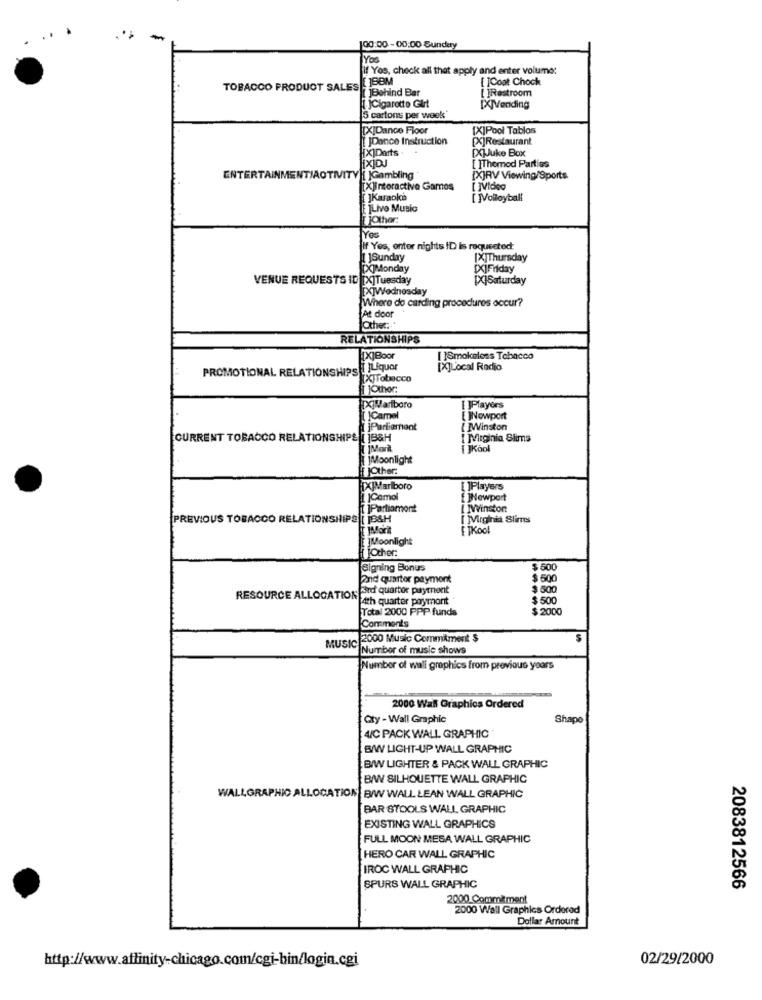
-
100:00-00:00 Sunday
You
fif Yos, check all that apply and enter volume:
[ ]Coat Chock
TOBACCO PRODUCT SALES
[ ]Behind Bar
[ ]Restroom
[1 ]Cigarette Girt
[X]Vending
5 cartons per week'
[X]Dance Floor
[X]Pool Tablos
JDance Instruction
[X]Restaurant
X|Darts.
[X]Juke Box
[ ]Themod Parties
ENTERTAINMENT/ACTIVITY [ ]Gambling
[X]RV Viewing/Sports
[X]interactive Games
[ ]Vidog
[ ]Karaoke
[ ]Volleyball
E ]Live Music
TjOther:
If Yes, enter nights ID is requested
[ ]Sunday
[X]Thursday
[X]Monday
[X]Friday
VENUE REQUESTS ID [X]Tuesday
[X]Saturday
EXTWednesday
Where do carding procedures occur?
At door
Other :- "
RELATIONSHIPS
[X]Boor
[ ]Smokeless Tabacco
PROMOTIONAL RELATIONSHIPS [ JLiquor
[X]Local Radio
TXTTobacco
Other:
[X]Marlboro
[ ]Players
Camel
[ ]Nowport
jParliament
[ ]Winston
CURRENT TOBACCO RELATIONSHIPS [ ]B&H
I Mirginia Slims
[ ]Kool
jMoonlight
jOther:
[X]Marlboro
[ ]Players
1 )Comol
[ ]Newport
RT IPartiamont
[ ]vinstont
PREVIOUS TOBACCO RELATIONSHIPS [ ]B&H
[ Mirginis Slims
ETKool
jMoonlight
Other:
Signing Bonus
$ 500
2nd quarter payment
$ 500
RESOURCE ALLOCATION Ad quartor payment
$ 500
Nf4th quarter paymont
$ 500
Total 2000 PPP funds
$ 2000
Comments
MUSIC
2000 Music Commitment $
Number of music shows
Number of wall graphics from previous years
2000 Wall Graphics Ordered
Qty - Wall Graphic
Shape
4/C PACK WALL GRAPHIC
BW LIGHT-UP WALL GRAPHIC
B/W LIGHTER & PACK WALL GRAPHIC
B/W SILHOUETTE WALL GRAPHIC
WALLGRAPHIC ALLOCATION| B/W WALL LEAN WALL GRAPHIC
BAR STOOLS WALL GRAPHIC
EXISTING WALL GRAPHICS
FULL MOON MESA WALL GRAPHIC
HERO CAR WALL GRAPHIC
IROC WALL GRAPHIC
SPURS WALL GRAPHIC
2083812566
2000 Commitment
2000 Wall Graphics Ordered
Dollar Amount
http://www.affinity-chicago.com/cgi-bin/login.cgi
02/29/2000